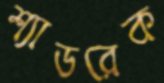
শ্যাডরেক